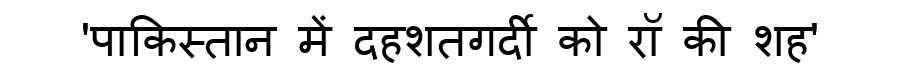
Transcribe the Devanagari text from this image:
'पाकिस्तान में दहशतगर्दी को रॉ की शह'